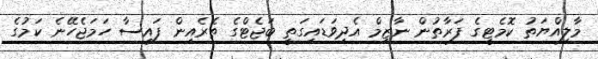
މާލިއްޔަތު ކޮމެޓީގެ ފަރާތުން ނާޒިމް އެދިވަޑައިގަތީ ބަޖެޓްގެ ތެރެއިން ފައިސާ ހަމަޖެހޭނެ ކަމުގެ